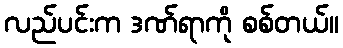
လည်ပင်းက ဒဏ်ရာကို စစ်တယ်။